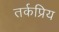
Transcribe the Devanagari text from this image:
तर्कप्रिय